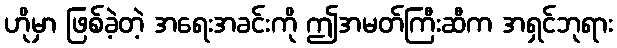
ဟိုမှာ ဖြစ်ခဲ့တဲ့ အရေးအခင်းကို ဤအမတ်ကြီးဆီက အရှင်ဘုရား